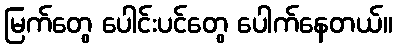
မြက်တွေ ပေါင်းပင်တွေ ပေါက်နေတယ်။